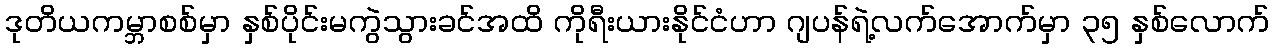
ဒုတိယကမ္ဘာစစ်မှာ နှစ်ပိုင်းမကွဲသွားခင်အထိ ကိုရီးယားနိုင်ငံဟာ ဂျပန်ရဲ့လက်အောက်မှာ ၃၅ နှစ်လောက်